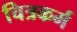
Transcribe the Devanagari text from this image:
चित्रकर्म